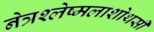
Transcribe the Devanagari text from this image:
नेत्रश्लेष्मलाशोथसी